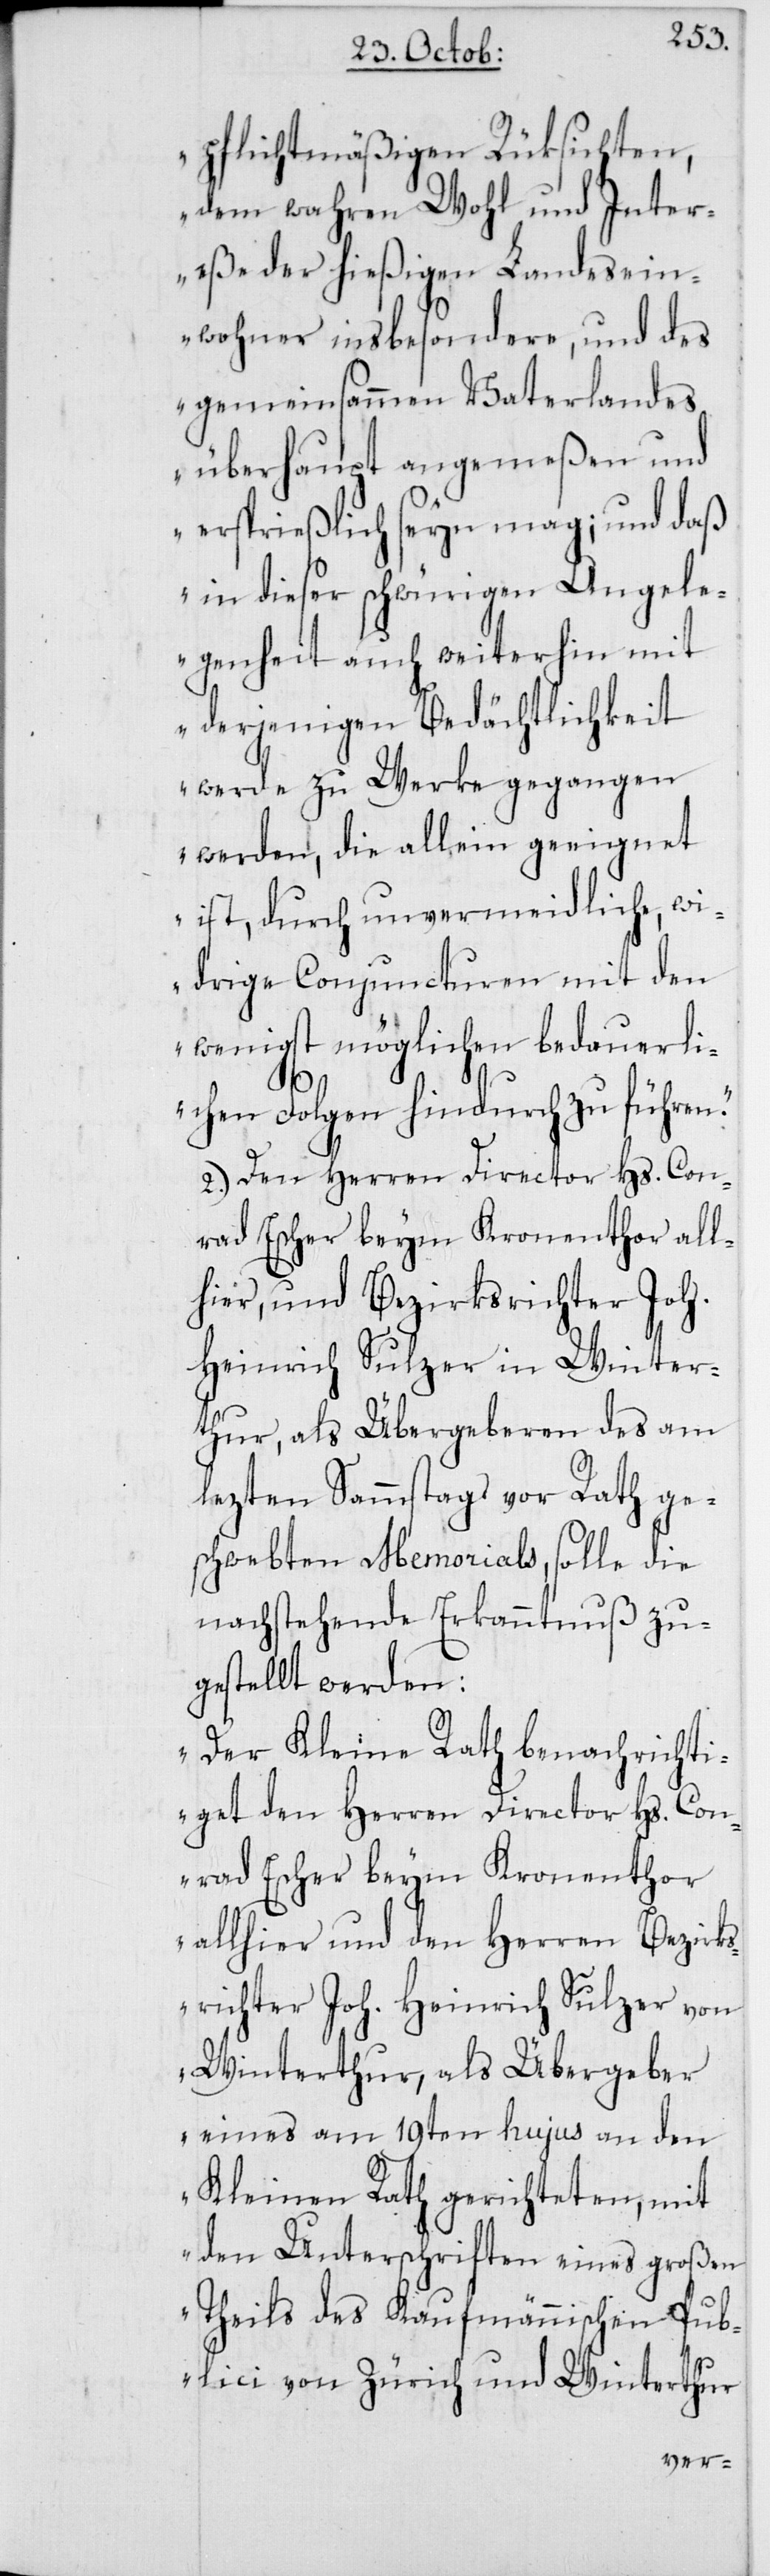
pflichtmäßigen Rüksichten,
dem wahren Wohl und Inter¬
eße der hießigen Landesein¬
wohner insbesondere, und des
gemeinsammen Vaterlandes
überhaupt angemeßen und
ersprießlich seyn mag; und daß
in dieser schwürigen Angele¬
genheit auch weiterhin mit
derjenigen Bedächtlichkeit
werde zu Werke gegangen
werden, die allein geeignet
ist, durch unvermeidliche, wi¬
drige Conjuncturen mit den
wenigst möglichen bedauerli¬
chen Folgen hindurch zu führen“.
2. Den Herren Director Hs. Con¬
rad Escher beym Kronenthor all¬
hier, und Bezirksrichter Joh.
Heinrich Sulzer in Winter¬
thur, als Übergeberen des am
lezten Sammstags vor Rath ges¬
chwebten Memorials, solle die
nachstehende Erkanntnuß zu¬
gestellt werden:
„Der Kleine Rath benachrichti¬
get den Herren Director Hs. Con¬
rad Escher beym Kronenthor
allhier und den Herren Bezirks¬
richter Joh. Heinrich Sulzer
Winterthur, als Übergeber
eines am 19ten hujus an den
Kleinen Rath gerichteten, mit
den Unterschriften eines großen
Theils des Kaufmännischen Pub¬
lici von Zürich und Winterthur